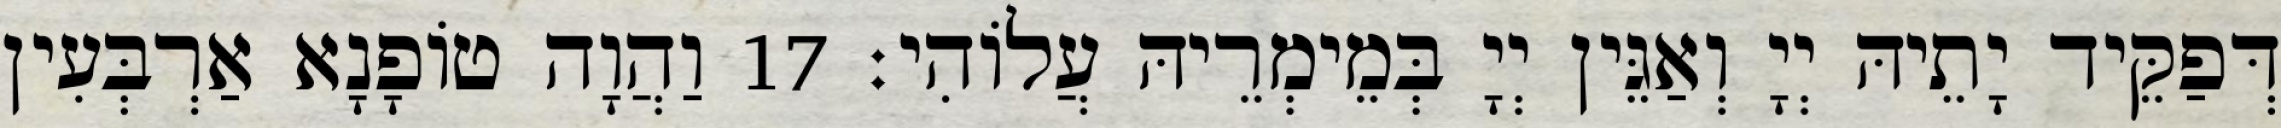
דְּפַקֵּיד יָתֵיהּ יְיָ וְאַגֵּין יְיָ בְּמֵימְרֵיהּ עֲלוֹהִי׃ 17 וַהֲוָה טוֹפָנָא אַרְבְּעִין